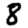
Digit: 8